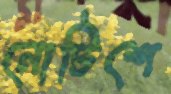
নোটিশে